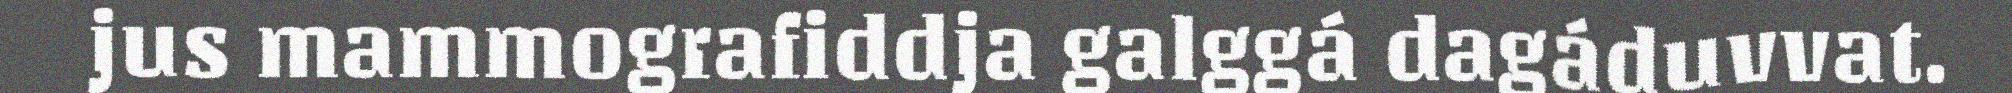
jus mammografiddja galggá dagáduvvat.